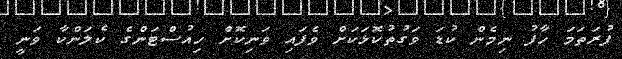
ފުރަތަމަ ހާފު ނިމެން ކުޑަ ވަގުތުކޮޅަކަށް ވެފައި ވަނިކޮށް ހިއުސްޓަންގެ ކެލަންކާ ވަނީ